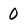
Character: 0